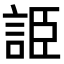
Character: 𧧰